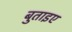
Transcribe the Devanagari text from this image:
बुताइए